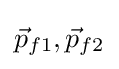
{\vec {p}}_{f1},{\vec {p}}_{f2}